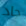
جاد